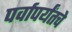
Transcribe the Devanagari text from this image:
पर्वापर्यंतचे